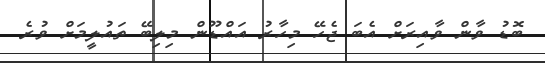
ބޮޑު ވާން ވާއިރަށް އެބަ ޖެހޭ މިހާރު އައްޑޫން މިލިބޭ ތައުލީމަށް ވުރެ